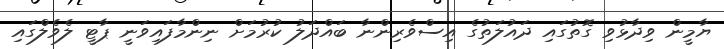
ޔާމީން ވިދާޅުވި ގޮތުގައި ދައުލަތުގެ އިސްވެރިންނާ ބައްދަލު ކުރުމަށް ނިންމާފައިވަނީ ޕާޓީ ލެވެލްގައި